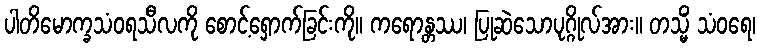
ပါတိမောက္ခသံဝရသီလကို စောင့်ရှောက်ခြင်းကို။ ကရောန္တဿ၊ ပြုဆဲသောပုဂ္ဂိုလ်အား။ တသ္မိံ သံဝရေ၊